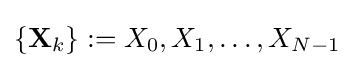
\left\{\mathbf {X} _{k}\right\}:=X_{0},X_{1},\ldots ,X_{N-1}